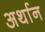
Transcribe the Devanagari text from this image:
अर्थान